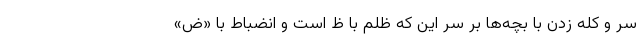
سر و کله زدن با بچه‌ها بر سر این که ظلم با ظ است و انضباط با «ض»